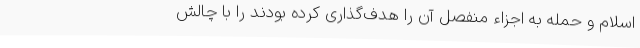
اسلام و حمله به اجزاء منفصل آن را هدف‌گذاری کرده بودند را با چالش